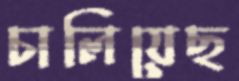
চালিয়েছ